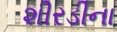
શીરડીના